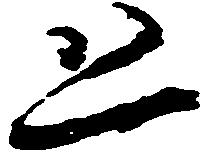
恐